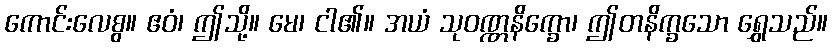
ကောင်းလေစွ။ ဧဝံ၊ ဤသို့။ မေ၊ ငါ၏။ အယံ သုဝဏ္ဏနိက္ခော၊ ဤတနိက္ခသော ရွှေသည်။